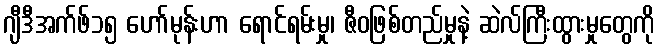
ဂျီဒီအက်ဖ်၁၅ ဟော်မုန်းဟာ ရောင်ရမ်းမှု၊ ဇီဝဖြစ်တည်မှုနဲ့ ဆဲလ်ကြီးထွားမှုတွေကို